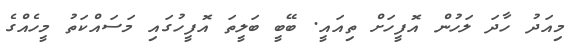
މިއަދު ހާދަ ލަހުން އޮފީހަށް ތިއައީ. ބޭބީ ބަލީތަ އޮފީހުގައި މަސައްކަތު މީހެއްގެ